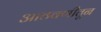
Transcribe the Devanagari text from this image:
आठवणीतून